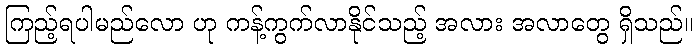
ကြည့်ရပါမည်လော ဟု ကန့်ကွက်လာနိုင်သည့် အလား အလာတွေ ရှိသည်။